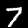
Label: 7